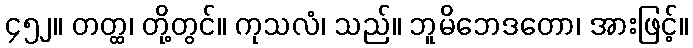
၄၅၂။ တတ္ထ၊ တို့တွင်။ ကုသလံ၊ သည်။ ဘူမိဘေဒတော၊ အားဖြင့်။